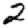
Digit: 2